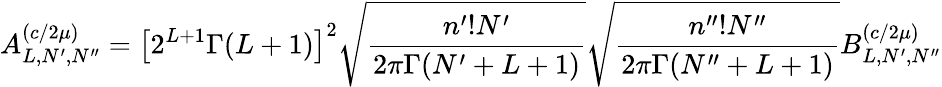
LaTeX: A_{L,N^{\prime},N^{\prime\prime}}^{(c/2\mu)}=\left[2^{L+1}\Gamma(L+1)\right]^{2}\sqrt{\frac{n^{\prime}!N^{\prime}}{2\pi\Gamma(N^{\prime}+L+1)}}\sqrt{\frac{n^{\prime\prime}!N^{\prime\prime}}{2\pi\Gamma(N^{\prime\prime}+L+1)}}B_{L,N^{\prime},N^{\prime\prime}}^{(c/2\mu)}